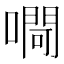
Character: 㗿